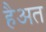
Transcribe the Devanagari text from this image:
हैअत